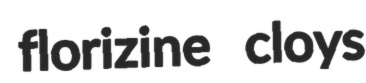
florizine cloys